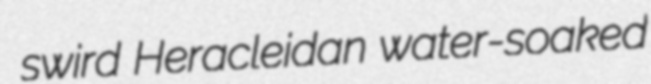
swird Heracleidan water-soaked